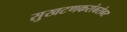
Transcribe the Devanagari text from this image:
सुखटणकरांबरोबर